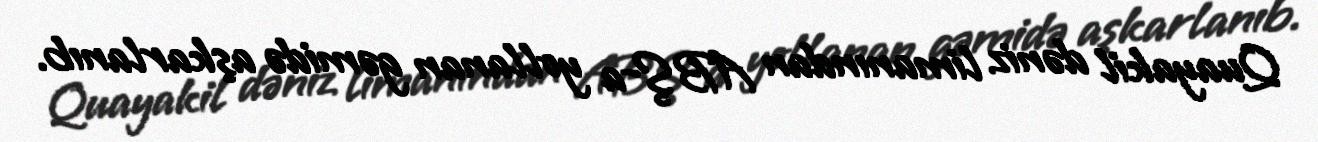
Quayakil dəniz limanından ABŞ-a yollanan gəmidə aşkarlanıb.